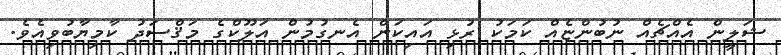
ޝަލީން އެއްޗެއް ނުބުންޏެއް ކަމަކު ރުޅި އައިކަން އެނގުމުން އަލޫކްގެ މަޤްސަދު ކާމިޔާބުވިއެވެ.